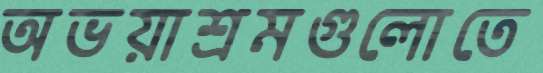
অভয়াশ্রমগুলোতে